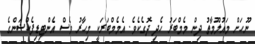
ނޫހަށް މައުލޫމާތު ދިން މެމްބަރު ހެދި ދޮގެކެވެ. އެމެމްބަަރަކީ މިހާރު ވެސް އެންޓިޑިފެކްޝަންގެ